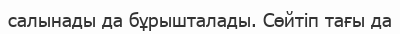
салынады да бұрышталады. Сөйтіп тағы да